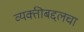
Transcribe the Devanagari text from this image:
व्यक्तीबद्दलचा